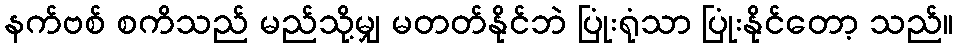
နက်ဗစ် စကိသည် မည်သို့မျှ မတတ်နိုင်ဘဲ ပြုံးရုံသာ ပြုံးနိုင်တော့ သည်။